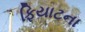
ફિયાટના